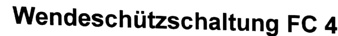
Text: Wendeschützschaltung FC 4